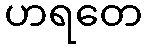
ဟရတေ